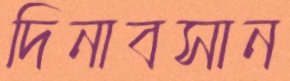
দিনাবসান